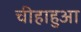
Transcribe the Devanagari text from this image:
चीहाहुआ